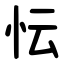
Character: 忶